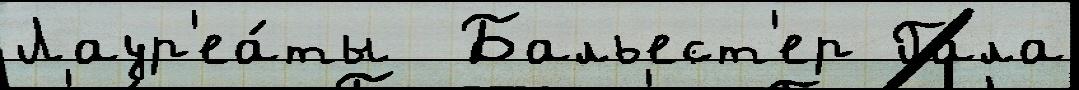
Лаур'еа́ты  Бальест'ер Гала